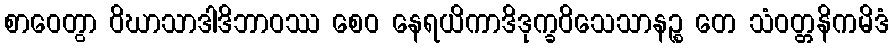
စာဝေတွာ ဝိဃာသာဒါဒိဘာဝဿ စေဝ နေရယိကာဒိဒုက္ခဝိသေသာနဉ္စ တေ သံဝတ္တနိကမိဒံ